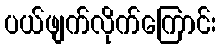
ပယ်ဖျက်လိုက်ကြောင်း